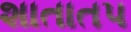
શાતાતપ